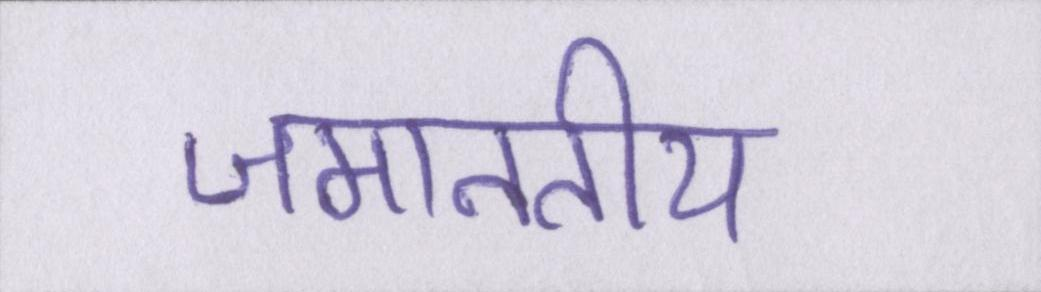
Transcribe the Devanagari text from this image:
जमानतीय